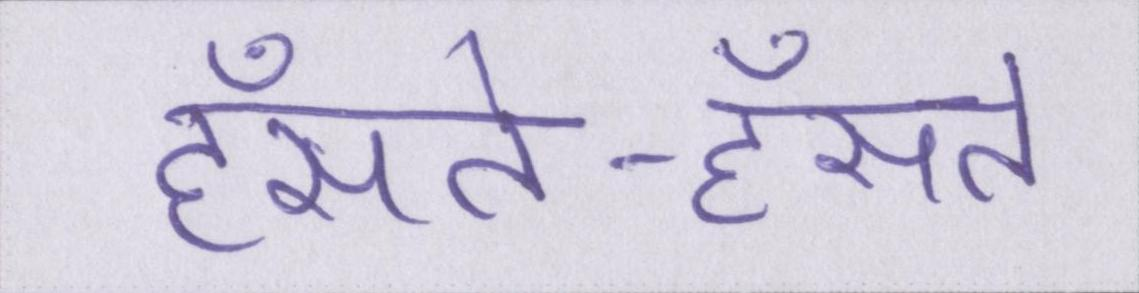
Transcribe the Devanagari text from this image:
हँसते-हँसते